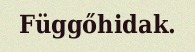
Függőhidak.